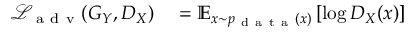
\begin{array} { r l } { \mathcal { L } _ { \mathrm { ~ a ~ d ~ v ~ } } ( G _ { Y } , D _ { X } ) } & { { } = \mathbb { E } _ { x \sim p _ { \mathrm { ~ d ~ a ~ t ~ a ~ } } ( x ) } \left[ \log D _ { X } ( x ) \right] } \end{array}